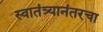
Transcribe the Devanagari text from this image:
स्वातंत्र्यानंतरचा